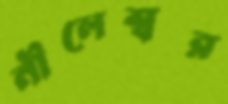
নীলেশ্বর